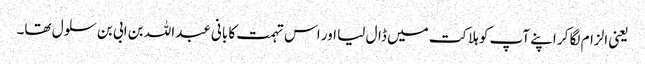
یعنی الزام لگا کر اپنے آپ کو ہلاکت میں ڈال لیا اور اس تہمت کا بانی عبداللہ بن ابی بن سلول تھا۔